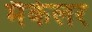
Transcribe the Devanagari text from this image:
मैकेलर